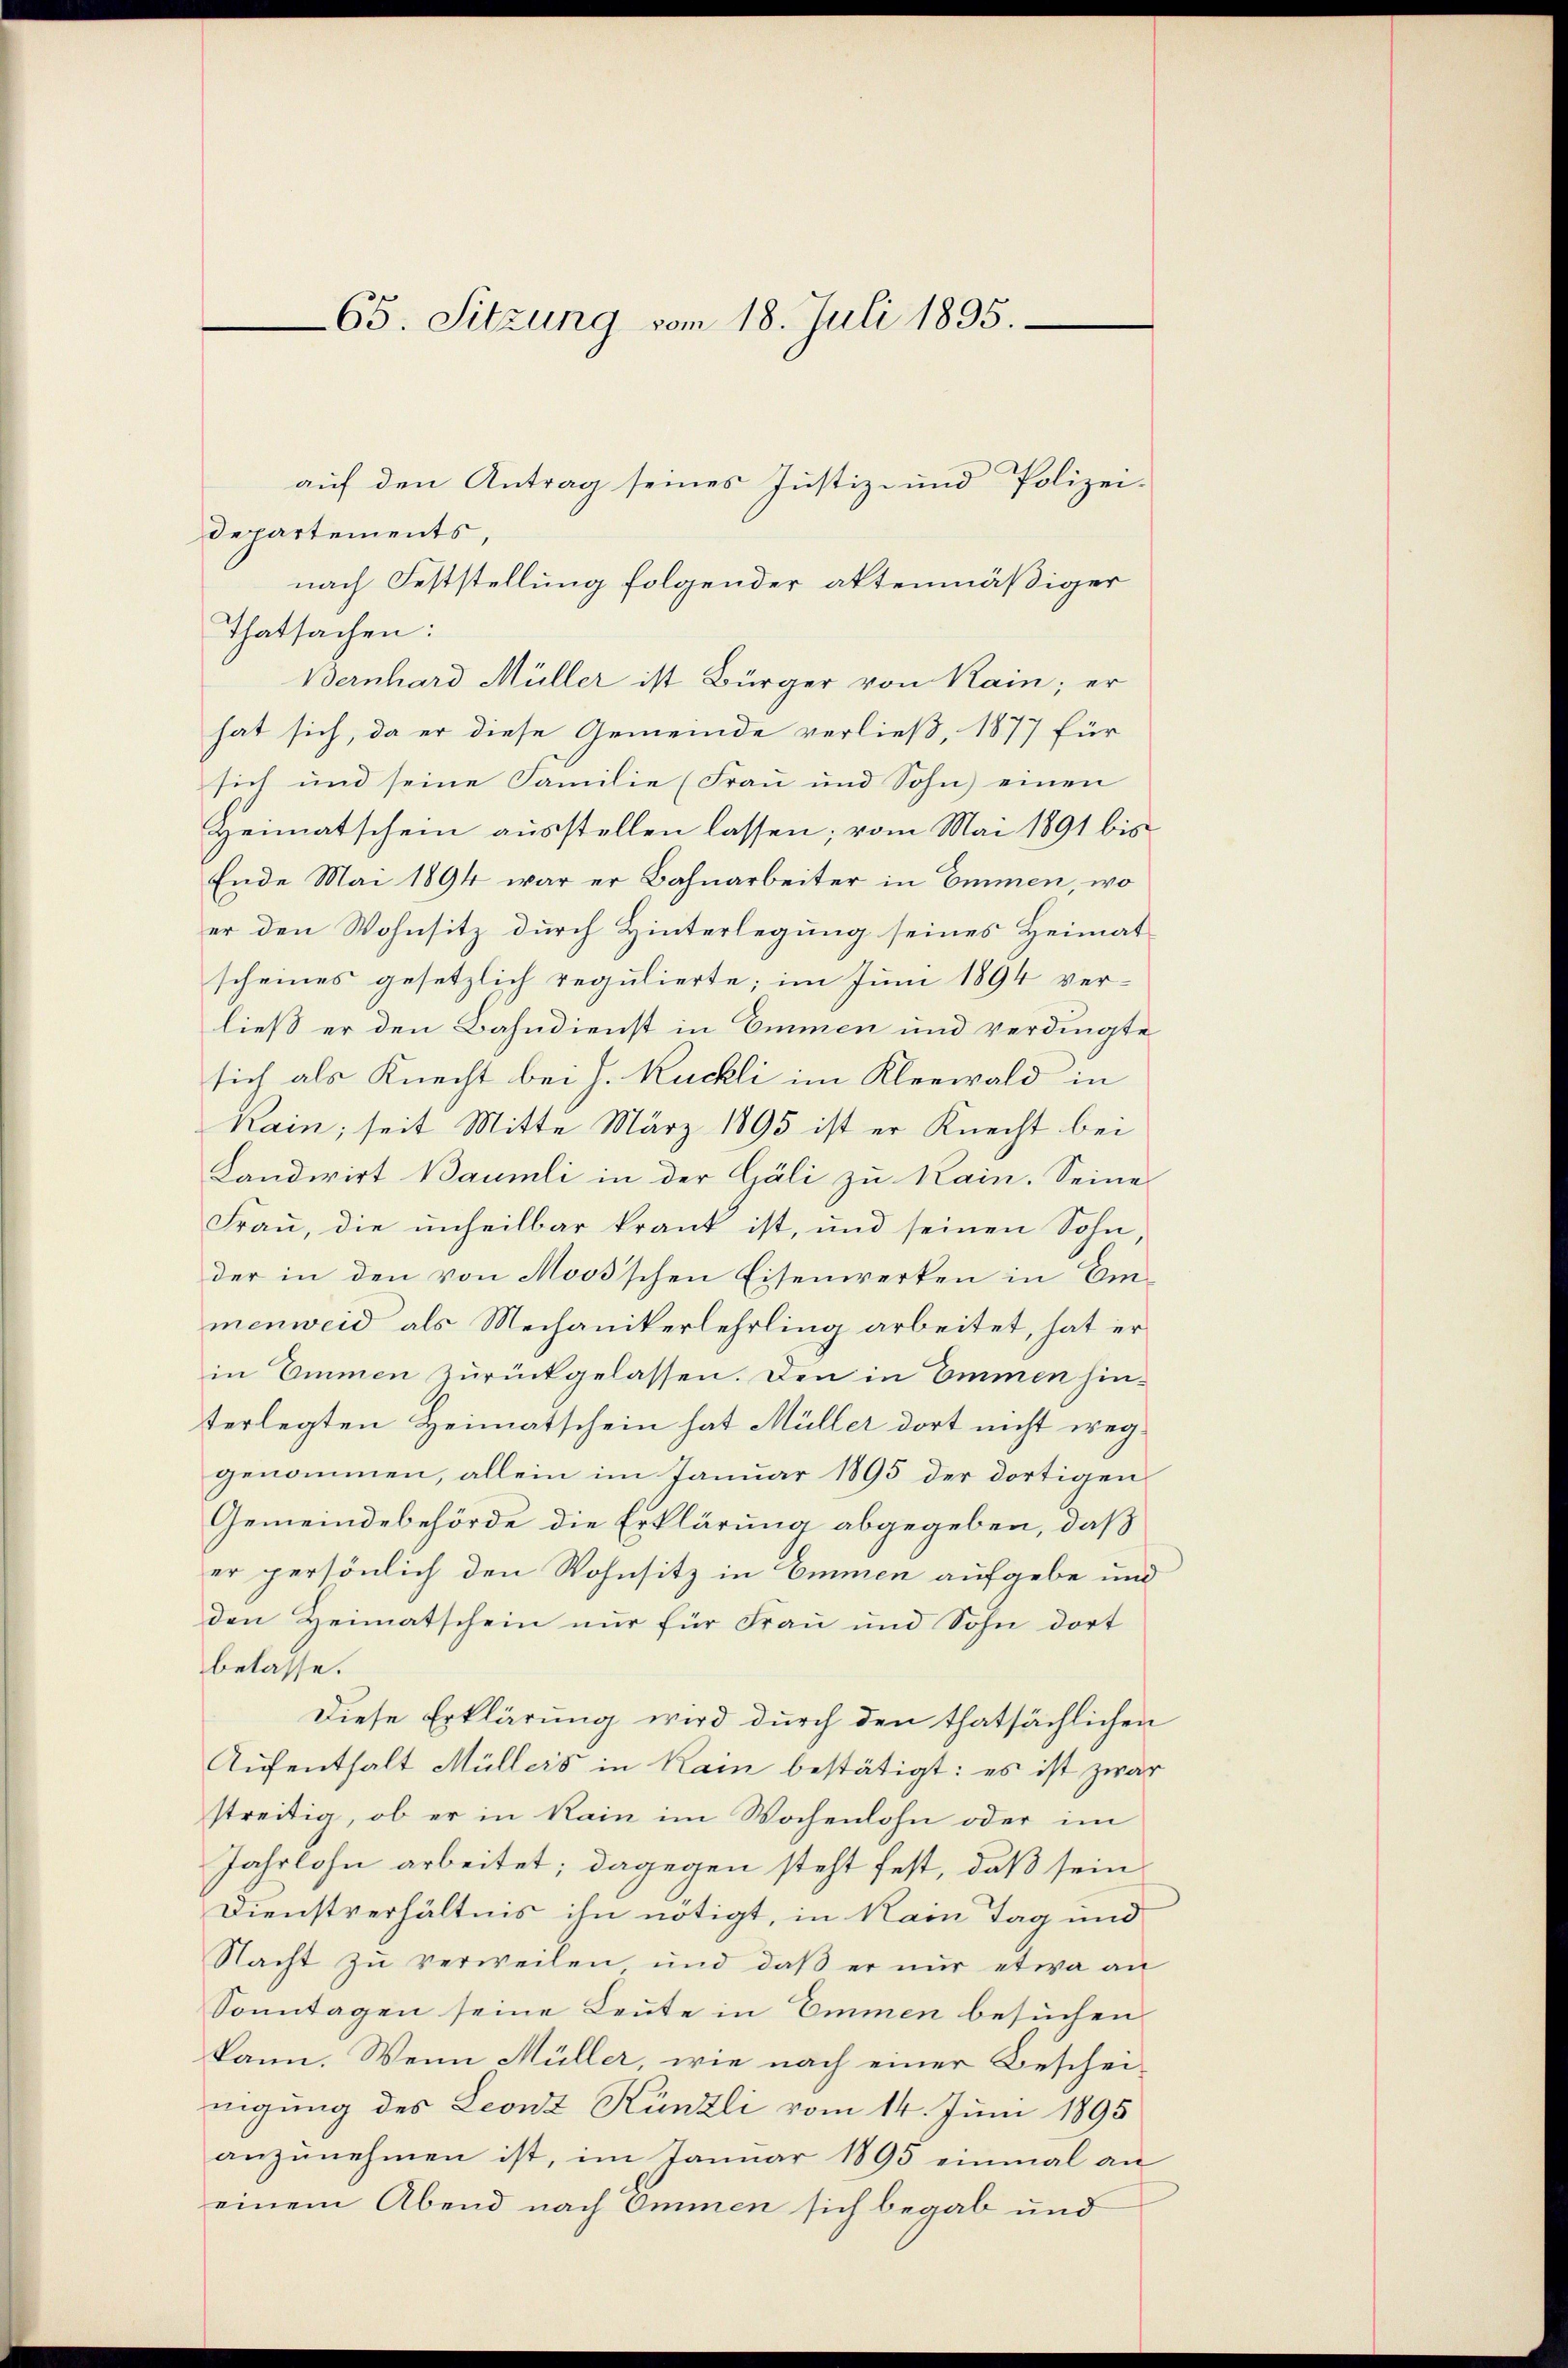
65. Sitzung vom 18. Juli 1895.

auf den Antrag seines Justiz- und Polizei-
Departements,
nach Feststellung folgender aktenmäßiger
Thatsachen:
Bernhard Müller ist Bürger von Kain; er
hat sich, da er diese Gemeinde verließ, 1877 für
sich und seine Familie (Frau und Sohn einen
Heimatschein ausstellen lassen; vom Mai 1891 bis
Ende Mai 1894 war er Bahnarbeiter in Emmen, wo
er den Wohnsitz durch Hinterlegung seines Heimat
scheines gesetzlich regulierte; im Juni 1894 ver-
ließ er den Bahndienst in Emmen und verdingte
sich als Knecht bei J. Kuchli im Kleewald in
Kain; seit Mitte März 1895 ist er Knecht bei
Landwirt Baumli in der Gäli zu kain. Seine
Frau, die unheilbar krank ist, und seinen Sohn
der in den von Moos’schen Eisenwerken in Emmenweid als Mechanikerlehrling arbeitet, hat er
in Emmen zurückgelassen. Den in Emmen hinterlegten Heimatschein hat Müller dort nicht weg
genommen, allein im Januar 1895 der dortigen
Gemeindebehörde die Erklärung abgegeben, daß
er persönlich den Wohnsitz in Emmen aufgebe und
den Heimatschein nur für Frau und Sohn dort
belasse.
Diese Erklärung wird durch den thatsächlichen
Aufenthalt Müllers in Kain bestätigt: es ist zwar
streitig, ob er in kain im Wochenlohn oder im
Jahrlohn arbeitet; dagegen steht fest, daß sein
Dienstverhältnis ihn nötigt, in Hain Tag und
Nacht zŭ verweilen und daβ er nŭr etwa an
Sonntagen seine Leute in Emmen besuchen,
kann. Wenn Müller, wie nach einer Beschei-
nigung des Leonz Künzli vom 14. Juni 1895
anzunehmen ist, im Januar 1895 einmal an
einem Abend nach Emmen sich begab und